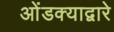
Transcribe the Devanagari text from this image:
ओंडक्याद्वारे